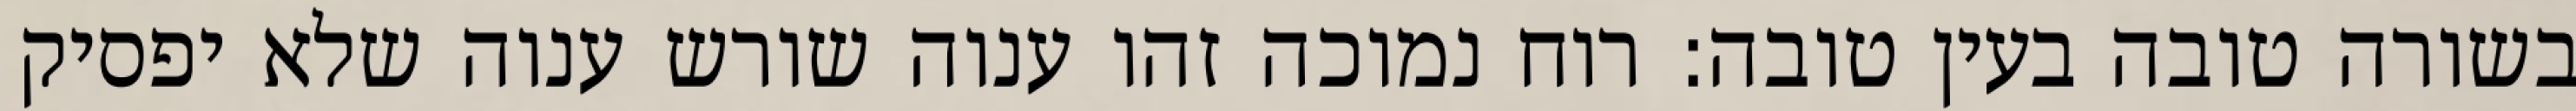
בשורה טובה בעין טובה: רוח נמוכה זהו ענוה שורש ענוה שלא יפסיק